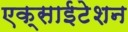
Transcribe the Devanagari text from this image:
एक्साईटेशन